Report of an investigation into the causes of the diseases known in Assam as Kála-Azár and Beri-Beri
Disease focus: Beri-Beri
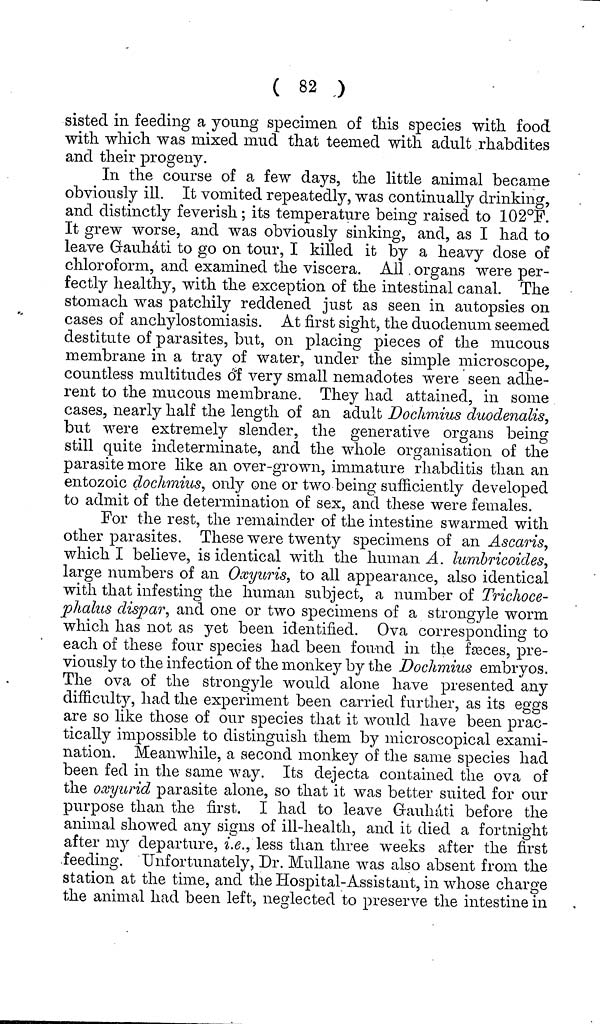
( 82 )
sisted in feeding a young specimen of this species with food
with which was mixed mud that teemed with adult rhabdites
and their progeny.
In the course of a few days, the little animal became
obviously ill. It vomited repeatedly, was continually drinking,
and distinctly feverish; its temperature being raised to 102°F.
It grew worse, and was obviously sinking, and, as I had to
leave Grauhati to go on tour, I killed it by a heavy dose of
chloroform, and examined the viscera. All organs were per-
fectly healthy, with the exception of the intestinal canal. The
stomach was patchily reddened just as seen in autopsies on
cases of anchylostomiasis. At first sight, the duodenum seemed
destitute of parasites, but, on placing pieces of the mucous
membrane in a tray of water, under the simple microscope,
countless multitudes of very small nemadotes were seen adhe-
rent to the mucous membrane. They had attained, in some
cases, nearly half the length of an adult Doclimius duodenalis,
but were extremely slender, the generative organs being
still quite indeterminate, and the whole organisation of the
parasite more like an over-grown, immature rhabditis than an
entozoic doclimius, only one or two being sufficiently developed
to admit of the determination of sex, and these were females.
Eor the rest, the remainder of the intestine swarmed with
other parasites. These were twenty specimens of an Ascaris,
which I believe, is identical with the human A. lumbricoides,
large numbers of an Oxyuris, to all appearance, also identical
with that infesting the human subject, a number of Trichoce-
plialus dispar, and one or two specimens of a strongyle worm
which has not as yet been identified. Ova corresponding to
each of these four species had been found in the fasces, pre-
viously to the infection of the monkey by the Dochmius embryos.
The ova of the strongyle would alone have presented any
difficulty, had the experiment been carried further, as its eggs
are so like those of our species that it would have been prac-
tically impossible to distinguish them by microscopical exami-
nation. Meanwhile, a second monkey of the same species had
been fed in the same way. Its dejecta contained the ova of
the ooayurid parasite alone, so that it was better suited for our
purpose than the first. I had to leave Grauhati before the
animal showed any signs of ill-health, and it died a fortnight
after my departure, i.e., less than three weeks after the first
feeding. Unfortunately, Dr. Mullane was also absent from the
station at the time, and the Hospital-Assistant, in whose charge
the animal had been left, neglected to preserve the intestine in